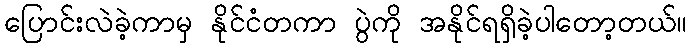
ပြောင်းလဲခဲ့ကာမှ နိုင်ငံတကာ ပွဲကို အနိုင်ရရှိခဲ့ပါတော့တယ်။